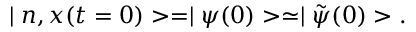
\mid n , x ( t = 0 ) > = \mid \psi ( 0 ) > \simeq \mid \tilde { \psi } ( 0 ) > .